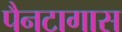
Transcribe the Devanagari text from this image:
पैनटागास